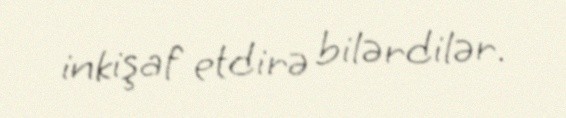
inkişaf etdirə bilərdilər.